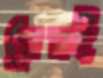
ড্রেনই